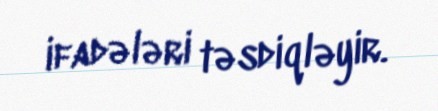
ifadələri təsdiqləyir.